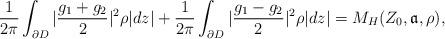
LaTeX: \begin{align*}\frac{1}{2\pi}\int_{\partial D}|\frac{g_1+g_2}{2}|^2\rho|dz|+\frac{1}{2\pi}\int_{\partial D}|\frac{g_1-g_2}{2}|^2\rho|dz|=M_H(Z_0,\mathfrak{a},\rho),\end{align*}